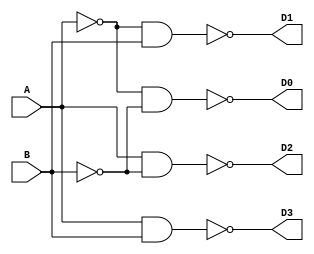
module two_to_four_decoder_nand_gate(
input A,B,
output D0, D1, D2, D3
);
assign D0 = ~((~A)&(~B));
assign D1 = ~((~A)&B);
assign D2 = ~(A&(~B));
assign D3 = ~(A&B);
endmodule